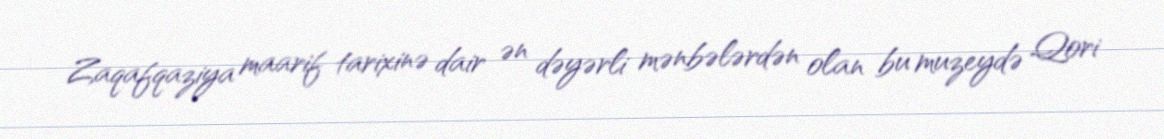
Zaqafqaziya maarif tarixinə dair ən dəyərli mənbələrdən olan bu muzeydə Qori